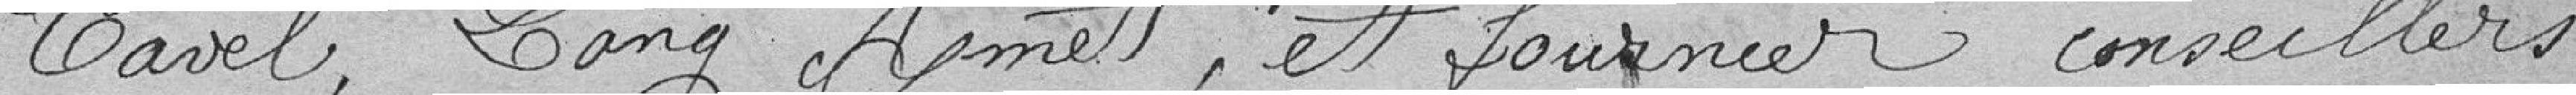
Tavel , Lang , Aymet , et fournier conseillers